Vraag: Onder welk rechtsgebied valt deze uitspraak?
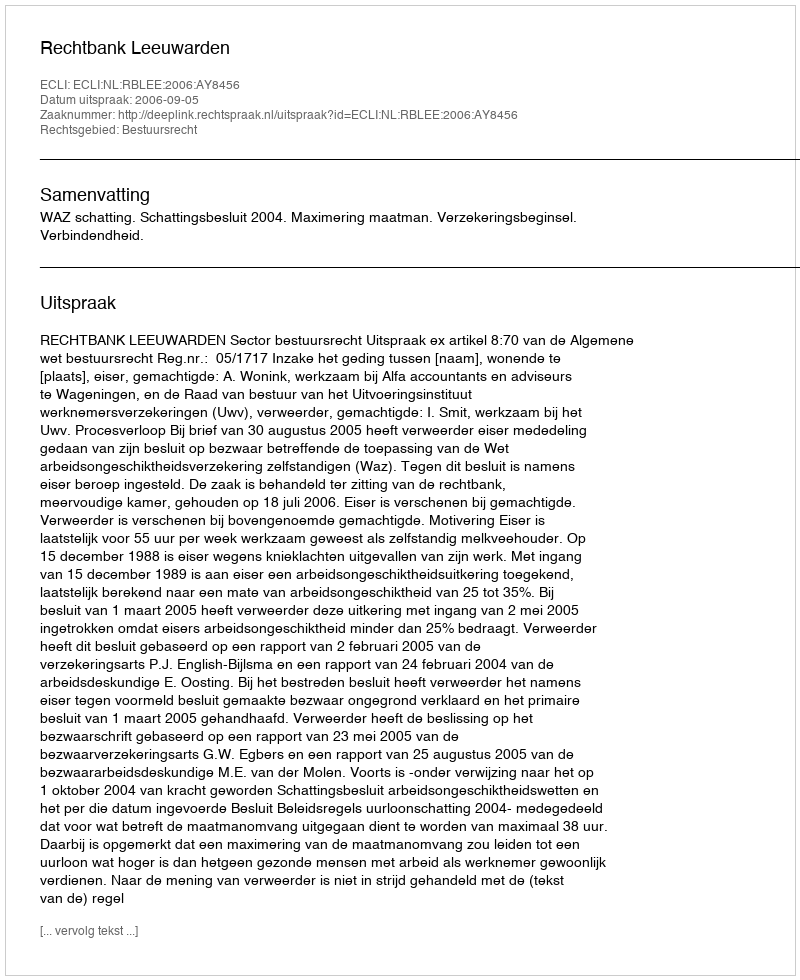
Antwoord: Bestuursrecht